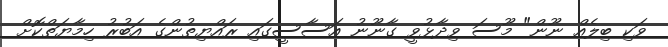
ވަކި ބިލެއް ނޫން" މޫސަ ވިދާޅުވީ ގާނޫނު އަސާސީގައި ރައްޔިތުންގެ އަބުރު ހިމާޔަތްކޮށް